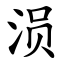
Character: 涢